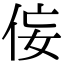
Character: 侫